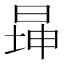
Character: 𬀾